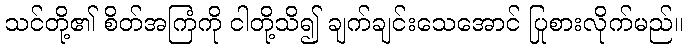
သင်တို့၏ စိတ်အကြံကို ငါတို့သိ၍ ချက်ချင်းသေအောင် ပြုစားလိုက်မည်။